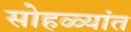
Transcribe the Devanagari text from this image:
सोहळ्यांत